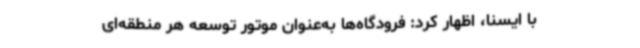
با ایسنا، اظهار کرد: فرودگاه‌ها به‌عنوان موتور توسعه هر منطقه‌ای